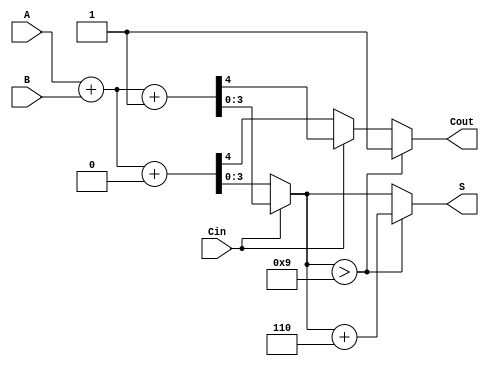
module BCD_MCSA (
    input  [3:0] A,    // 4-bit BCD input A
    input  [3:0] B,    // 4-bit BCD input B
    input        Cin,   // Carry-in
    output reg [3:0] S, // 4-bit BCD sum output S
    output reg Cout     // Carry-out output
);

    // Internal signals for sums and carries in both cases
    wire [3:0] S0, S1; // Sums for Cin = 0 and Cin = 1
    wire C0, C1;       // Carries for Cin = 0 and Cin = 1
    wire [3:0] S_final; // Final sum after correction

    // Calculate preliminary sums (Cin = 0 and Cin = 1)
    assign {C0, S0} = A + B + 0; // Sum with Cin = 0
    assign {C1, S1} = A + B + 1; // Sum with Cin = 1

    // BCD correction logic
    wire [3:0] correction = 4'b0110; // Correction value (6)

    // Choose final sum and carry based on Cin
    always @(*) begin
        if (Cin) begin
            S = S1;
            Cout = C1;
        end else begin
            S = S0;
            Cout = C0;
        end

        // Apply BCD correction if necessary
        if (S > 9) begin
            S = S + correction; // Correct the sum
            Cout = 1;           // Set carry out
        end
    end
    
endmodule